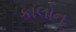
કાલોન